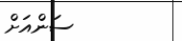
ސަންއަށް